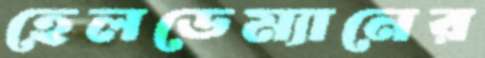
হেলডেম্যানের